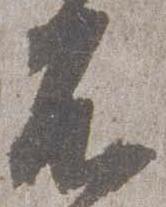
不